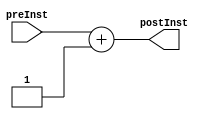
`timescale 1ns / 1ps
//////////////////////////////////////////////////////////////////////////////////
// Company: 
// Engineer: 
// 
// Design Name: 
// Module Name: cs151_processor
// Project Name: 
// Target Devices: 
// Tool Versions: 
// Description: 
// 
// Dependencies: 
// 
// Revision:
// Revision 0.01 - File Created
// Additional Comments:
// 
//////////////////////////////////////////////////////////////////////////////////

// Adder
module Adder(
    input wire [5:0] preInst,
    output reg [5:0] postInst
);
   initial begin
   postInst=6'd0;
   end

    always@(preInst)
    begin
        postInst <= preInst + 1;
    end
endmodule

// PC
module PC(
    input wire clk,
    input wire [5:0] pre,
    output reg [5:0] post
);

    always @ (posedge clk)
    begin
        post <= pre;
    end
endmodule

// Instruction memory
module inst_mem(
    input wire [5:0] addr,
    output reg [31:0] readData
);

    reg [31:0] regMem [0:63];
    always@(addr)
    begin
        readData <= regMem[addr];
    end
	
	initial begin
	regMem[0]=32'h80088014;
	regMem[1]=32'h8010800F;
	regMem[2]=32'h80188004;
	regMem[3]=32'h00000000;/////NOP
	regMem[4]=32'h04208200;
	regMem[5]=32'h80290014;
	regMem[6]=32'h02310200;
	regMem[7]=32'h8A42AAAA;
	regMem[8]=32'h04128200;
	regMem[9]=32'h00000000;////NOP
	regMem[10]=32'h084b8000;
	regMem[11]=32'h844B0001;
	regMem[12]=32'h844C8002;
	regMem[13]=32'h12158000;
	regMem[14]=32'h00338000;
	regMem[15]=32'h80088002;
	regMem[16]=32'h840C801E;
	regMem[17]=32'h00000000;////nop
	regMem[18]=32'h0c388200;
	regMem[19]=32'h0c308c00;
	regMem[20]=32'h00000000;/////NOP
	regMem[21]=32'h06230A00;///
	regMem[22]=32'h10240400;
	regMem[23]=32'h88242AAA;/////
	regMem[24]=32'h80558006;
	regMem[25]=32'h80158004;
	regMem[26]=32'h04548000;
	regMem[27]=32'h00000000;
	regMem[28]=32'h00000000;
	regMem[29]=32'h00000000;
	regMem[30]=32'h00000000;
	regMem[31]=32'h00000000;
	regMem[32]=32'h00000000;
	regMem[33]=32'h00000000;
	regMem[34]=32'h00000000;
	regMem[35]=32'h00000000;
	regMem[36]=32'h00000000;
	regMem[37]=32'h00000000;
	regMem[38]=32'h00000000;
	regMem[39]=32'h00000000;
	regMem[40]=32'h00000000;
	regMem[41]=32'h00000000;
	regMem[42]=32'h00000000;
	regMem[43]=32'h00000000;
	regMem[44]=32'h00000000;
	regMem[45]=32'h00000000;
	regMem[46]=32'h00000000;
	regMem[47]=32'h00000000;
	regMem[48]=32'h00000000;
	regMem[49]=32'h00000000;
	regMem[50]=32'h00000000;
	regMem[51]=32'h00000000;
	regMem[52]=32'h00000000;
	regMem[53]=32'h00000000;
	regMem[54]=32'h00000000;
	regMem[55]=32'h00000000;
	regMem[56]=32'h00000000;
	regMem[57]=32'h00000000;
	regMem[58]=32'h00000000;
	regMem[59]=32'h00000000;
	regMem[60]=32'h00000000;
	regMem[61]=32'h00000000;
	regMem[62]=32'h00000000;
	regMem[63]=32'h00000000;
	end
	
endmodule

// Register file
module RegisterFile(
    input wire clk,
    input wire [5:0] RA1,
    input wire [5:0] RA2,
    input wire 		 RE1,
    input wire 		 RE2,
    input wire [5:0] WA,
    input wire [31:0] WD,
    input wire WE1,
    output wire [31:0] RD1,
    output wire [31:0] RD2
);

    reg [31:0] regFile [0:63];
	integer i;
	initial begin
	for(i=0;i<=63;i=i+1)
	regFile[i]=0;
	end
	
	
    
    always @ (posedge clk)
    begin
        if(WE1)
            regFile[WA] <= WD;
    end
    

assign  RD1 = regFile[RA1];
assign  RD2 = regFile[RA2];

endmodule

// ALU
module ALU32bit(
    input wire [31:0] a,
    input wire [31:0] b,
    input wire [3:0] ALUopsel,
    input wire Iinstr,
    output reg [31:0] res,
    output reg overflow,
    output reg eq,
    output reg carry
);

   initial begin
   res=32'd0;
   overflow=1'd0;
   eq=1'd0;
   carry=1'd0;
   end

    always @(*)
    begin
        case (ALUopsel)
        4'b0000:    begin 
					res <= 0;
					overflow <= 1'b0;
					carry <= 1'b0;
					eq <= 1'b0;
					end
        4'b0001:    begin   ////Adder
                        res <= a + b;
                        if (!res[31] && (a[31] || b[31])) begin
                            overflow <= 1'b1;
                            eq <= 1'bz;
                            carry <= 1'b1;
							end
                        else if(res[31] && (a[31] && b[31])) begin
                            overflow <= 1'b0;
                            eq <= 1'bz;
                            carry <= 1'b1;	
                        end							
                        else begin
                            overflow <= 1'b0;
                            eq <= 1'bz;
                            carry <= 1'b0;
                        end
                    end
        4'b0010:    begin   ////Subtractor
                        if (a == b) begin
                            res <= 0;
                            overflow <= 1'b0;
                            eq <= 1'b1;
                            carry <= 1'b0;
                        end else begin
                            res <= a - b;
                            if (res > a && res > b) begin
                                overflow <= 1'b1;
                                eq <= 1'b0;
                                carry <= !a[31];
                            end else begin
                                overflow <= 1'b0;
                                eq <= 1'b0;
                                carry <= 1'b0;
                            end
                        end
                    end
        4'b0101:    begin    ////And
                        res <= a & b;
                        overflow <= 1'bz;
                        eq <= 1'bz;
                        carry <= 1'bz;
                    end
        4'b0110:    begin    ////Or
                        res <= a | b;
                        overflow <= 1'bz;
                        eq <= 1'bz;
                        carry <= 1'bz;
                    end
        4'b0111:    begin       ////Not
                        res <= ~a;
                        overflow <= 1'bz;
                        eq <= 1'bz;
                        carry <= 1'bz;
                    end
        4'b1000:    begin       //// XOR
                        if (a == b) begin
                            res <= 0;
                            overflow <= 1'bz;
                            eq <= 1'b1;
                            carry <= 1'bz;
                        end else begin
                            res <= a ^ b;
                            overflow <= 1'bz;
                            eq <= 1'b0;
                            carry <= 1'bz;
                        end
                    end
        4'b1001:    begin       //// SLL
                        if (a[31] == 1'b1) begin
                            overflow <= 1'b1;
                            eq <= 1'bz;
                            carry <= 1'bz;
                        end
                        res <= a << b;
                    end
        4'b1011:    res <= (Iinstr) ? b : a;        ////Move
        endcase
    end
endmodule

// I-instr MUX
module MUX1(
    input wire [31:0] regData,
    input wire [31:0] iData,
    input wire MUXsel,
    output reg [31:0] out
);

    always @(MUXsel,iData,regData)
    begin
        if (MUXsel == 1'b0)
            out <= regData;
        else
            out <= iData;
    end
endmodule

// Sign Extend
module sign_extend(
    input wire [14:0] imm,
    output reg [31:0] ext_imm
    );
    initial begin
	ext_imm=32'd0;
	end
    always @ (imm) begin
        ext_imm <= {{17{imm[14]}},imm};
    end
endmodule

// Controller
module Controller(
    input wire [31:0] instr,
    output reg [3:0] ALUopsel,
    output reg MUXsel1,
    output reg RegWrite,
    output reg RdEn1,
    output reg RdEn2,
    output reg [5:0] rs,
    output reg [5:0] rd,
    output reg [5:0] rt,
    output reg [14:0] imm
);

    always @(instr)
    begin
        if (instr[31]) begin    // I-instrucion
            if (instr[18:15] == 4'b1001)
                rs <= instr[24:19];
            else
                rs <= instr[30:25];
            MUXsel1 <= 1'b1;
            RdEn2 <= 0;
            rt <= 0;
            imm <= instr[14:0];
        end else begin
		     if (instr[18:15] == 4'b1001)
				rt <= instr[30:25];	
            else
                rt <= instr[14:9];
		     if (instr[18:15] == 4'b1001)
                //rt <= instr[24:19];
				rs <= instr[24:19];
            else
                rs <= instr[30:25];			
            MUXsel1 <= 1'b0;
           // rs <= instr[30:25];
            //rt <= instr[14:9];
            RdEn2 <= 1;
            imm <= 0;
        end
        rd <= instr[24:19];
        RegWrite <= 1;
        RdEn1 <= 1;
        ALUopsel <= instr[18:15];
    end
endmodule

// Main processor
module cs151_processor(
    input  wire	 clk,
    output wire overflow,
    output wire equal,
    output wire carry
);
    wire [5:0] postPC;
    wire [5:0] prePC;
    wire [31:0] inst;
    wire [5:0] rs, rt, rd;
    wire [14:0] imm;
    wire  MUXsel1, RegWrite;
    wire rsEn, rtEn;
    wire [31:0] OperandA, RD2, ext_imm, OperandB;
    wire [31:0] ALUresult;
	wire [3:0]  ALUopsel;

    

    
    PC progCounter(
        .clk (clk),
        .pre (prePC),
        .post (postPC)
    );
    inst_mem InstMem(
        .addr (postPC),
        .readData(inst)
    );
    Adder instAdder(
        .preInst (postPC),
        .postInst (prePC)  
    );
    Controller control(
        .instr(inst),
        .ALUopsel (ALUopsel),
        .MUXsel1 (MUXsel1),
        .RegWrite (RegWrite),
        .rd (rd),
        .RdEn1 (rsEn),
        .rs (rs),
        .RdEn2 (rtEn),
        .rt (rt),
        .imm (imm)
    );
    RegisterFile regfile(
        .clk (clk),
        .RA1 (rs),
        .RE1 (rsEn),
        .RD1 (OperandA),
        .RA2 (rt),
        .RE2 (rtEn),
        .RD2 (RD2),
        .WA (rd),
        .WE1 (RegWrite),
        .WD (ALUresult)
    );
    sign_extend SgnExt(
        .imm (imm),
        .ext_imm (ext_imm)
    );
    MUX1 b_mux(
        .regData (RD2),
        .iData (ext_imm),
        .MUXsel(MUXsel1),
        .out (OperandB)
    );
    ALU32bit ALU(
        .a (OperandA),
        .b (OperandB),
        .res (ALUresult),
        .ALUopsel (ALUopsel),
        .Iinstr (MUXsel1),
        .overflow (overflow),
        .eq (equal),
        .carry (carry)
    );
endmodule